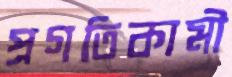
প্রগতিকামী